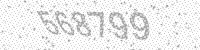
Solution: 568799